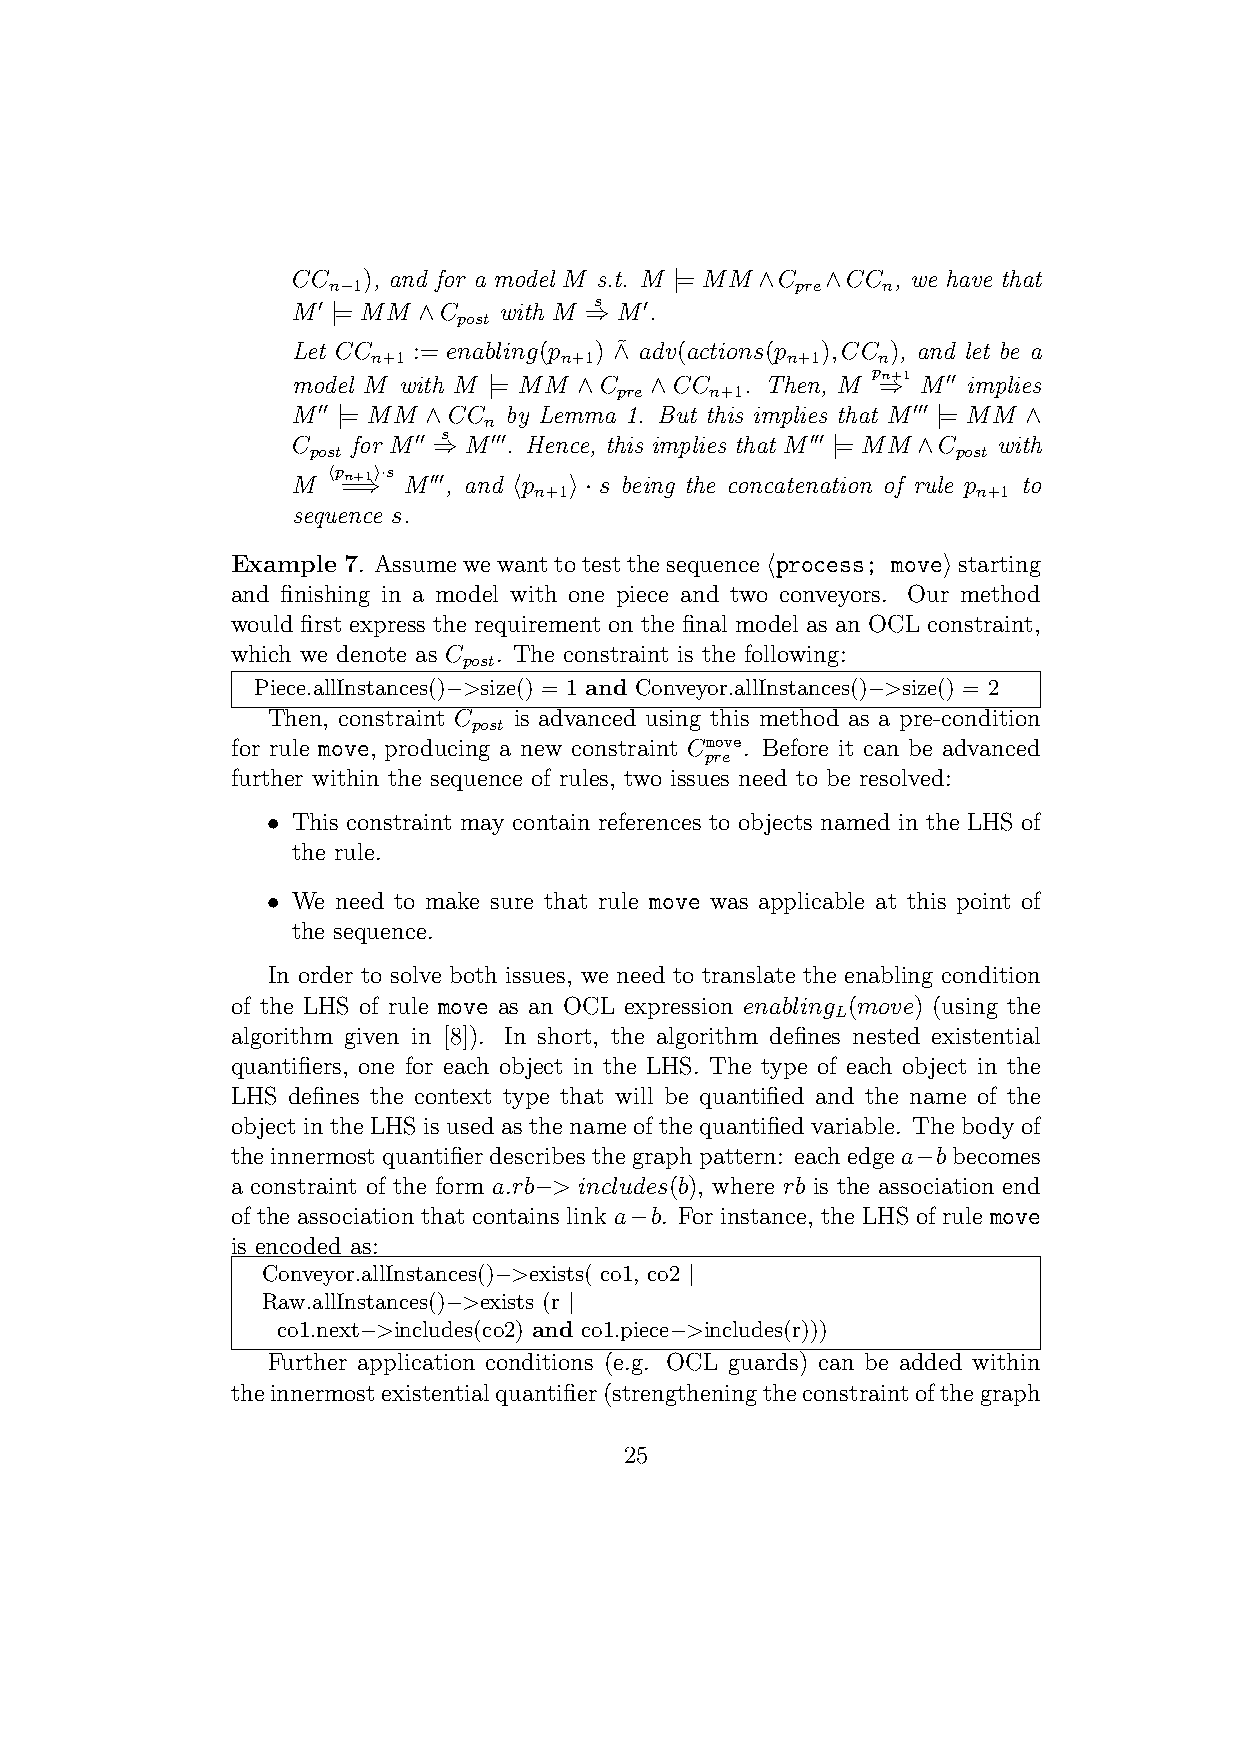
CC   ), and for a model M s.t. M |= MM∧C ∧CC , we have that
 n−1                            pre  n
 M′ |= MM ∧C   with M ⇒s M′.
 post
 Let CC  := enabling(p ) ∧˜ adv(actions(p );CC ), and let be a
 n+1         n+1            n+1   n
 model M with M |= MM ∧C ∧CC   . Then, M p⇒n+1 M′′ implies
 pre   n+1
 M′′ |= MM ∧CC by Lemma 1. But this implies that M′′′ |= MM ∧
 n
 C   for M′′ ⇒s M′′′. Hence, this implies that M′′′ |= MM ∧C with
 post                                       post
 M
 ⟨p =n+⇒1⟩·s
 M′′′, and ⟨p ⟩ · s being the concatenation of rule p to
 n+1                           n+1
 sequence s.
 Example 7. Assumewewanttotestthesequence⟨process; move⟩starting
 and finishing in a model with one piece and two conveyors. Our method
 would first express the requirement on the final model as an OCL constraint,
 which we denote as C . The constraint is the following:
 post
 Piece.allInstances()−>size() = 1 and Conveyor.allInstances()−>size() = 2
 Then, constraint C is advanced using this method as a pre-condition
 post
 for rule move, producing a new constraint Cmove. Before it can be advanced
 pre
 further within the sequence of rules, two issues need to be resolved:
 • This constraint may contain references to objects named in the LHS of
 the rule.
 • We need to make sure that rule move was applicable at this point of
 the sequence.
 In order to solve both issues, we need to translate the enabling condition
 of the LHS of rule move as an OCL expression enabling (move) (using the
 L
 algorithm given in [8]). In short, the algorithm defines nested existential
 quantifiers, one for each object in the LHS. The type of each object in the
 LHS defines the context type that will be quantified and the name of the
 object in the LHS is used as the name of the quantified variable. The body of
 theinnermostquantifierdescribesthegraphpattern: eachedgea−bbecomes
 a constraint of the form a:rb−> includes(b), where rb is the association end
 of the association that contains link a−b. For instance, the LHS of rule move
 is encoded as:
 Conveyor.allInstances()−>exists( co1, co2 |
 Raw.allInstances()−>exists (r |
 co1.next−>includes(co2) and co1.piece−>includes(r)))
 Further application conditions (e.g. OCL guards) can be added within
 theinnermostexistentialquantifier(strengtheningtheconstraintofthegraph
 25